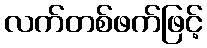
လက်တစ်ဖက်ဖြင့်